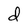
Character: d